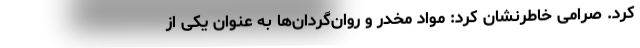
کرد. صرامی خاطرنشان کرد: مواد مخدر و روان‌گردان‌ها به‌ عنوان یکی از